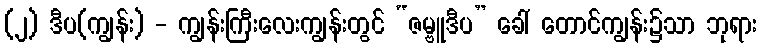
(၂) ဒီပ(ကျွန်း) - ကျွန်းကြီးလေးကျွန်းတွင် “ဇမ္ဗူဒီပ” ခေါ် တောင်ကျွန်း၌သာ ဘုရား